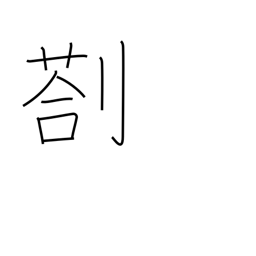
Meaning: remain